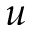
u